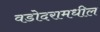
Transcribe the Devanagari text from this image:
वडोदरामधील